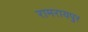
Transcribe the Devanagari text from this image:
रामरायपुर